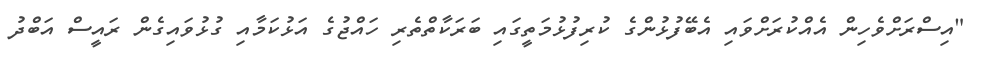
"އިސްރަށްވެހިން އެއްކުރަށްވައި އެބޭފުޅުންގެ ކުރިފުޅުމަތީގައި ބަރަކާތްތެރި ހައްޖުގެ އަޅުކަމާއި ގުޅުވައިގެން ރައީސް އަބްދު